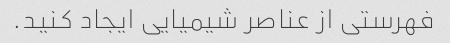
فهرستی از عناصر شیمیایی ایجاد کنید.